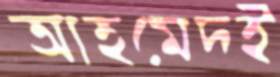
আহমেদই